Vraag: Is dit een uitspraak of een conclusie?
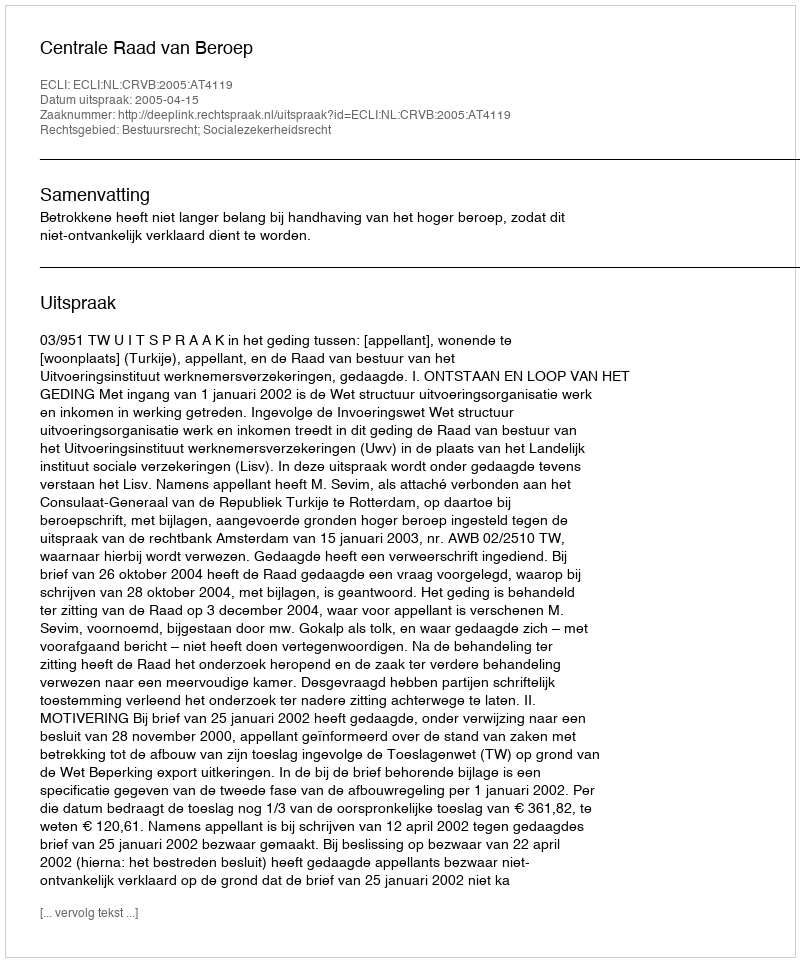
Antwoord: Uitspraak